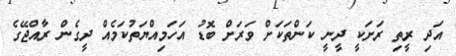
އަދި ރީތި ރަށަކީ ދީނީ ކަންތަކަށް ވަރަށް ބޮޑު އަހަމިއްޔަތުކަމެއް ދީގެން ރާއްޖޭގެ